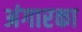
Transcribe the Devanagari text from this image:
अंगारका